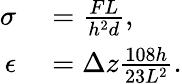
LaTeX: \begin{array}{rl}{\sigma}&{{}=\frac{FL}{h^{2}d},}\\ {\epsilon}&{{}=\Delta z\frac{108h}{23L^{2}}.}\end{array}